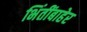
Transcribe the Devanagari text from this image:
भिंतींबाहेर